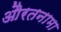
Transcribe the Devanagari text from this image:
औरतनामा